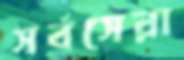
সর্বসেরা